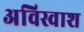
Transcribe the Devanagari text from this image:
अविस्वाश